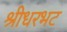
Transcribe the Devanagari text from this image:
श्रीधरभट